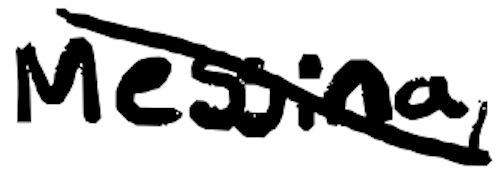
Text: Messina,
Cross-out: diagonal
Writing tool: digital_black